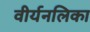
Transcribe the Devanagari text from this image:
वीर्यनलिका